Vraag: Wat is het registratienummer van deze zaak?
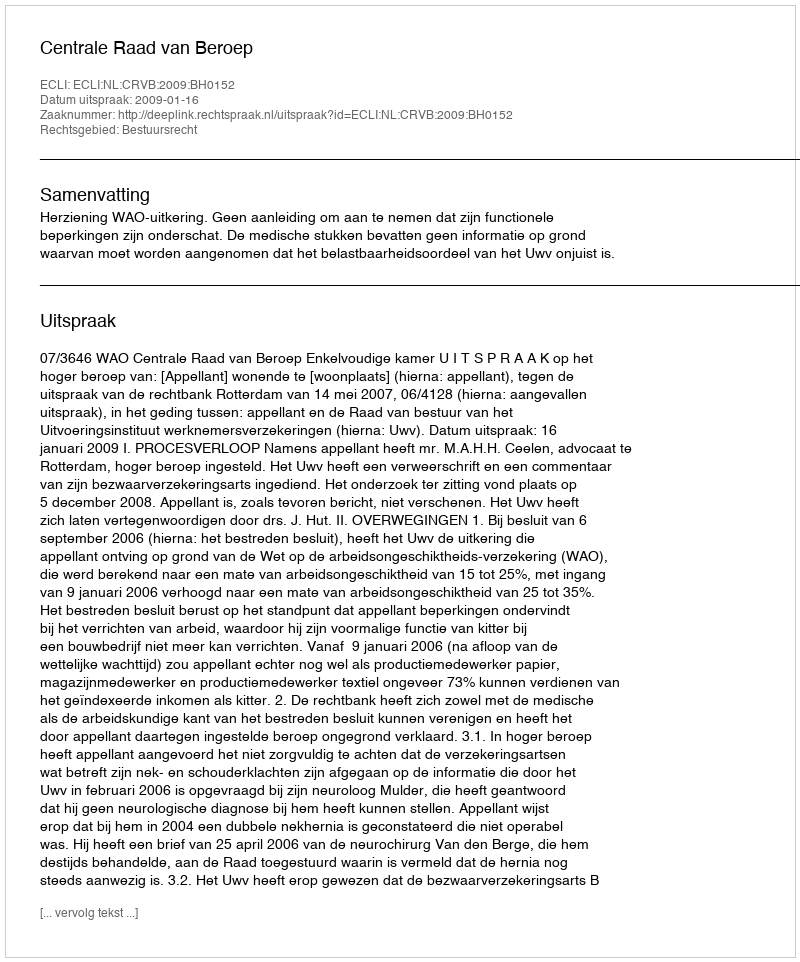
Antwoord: http://deeplink.rechtspraak.nl/uitspraak?id=ECLI:NL:CRVB:2009:BH0152